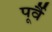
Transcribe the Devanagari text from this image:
पूर्वै